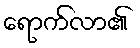
ရောက်လာ၏